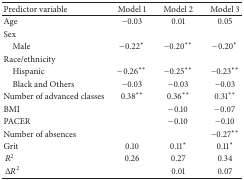
<table><thead><tr><td><b>Predictor variable</b></td><td><b>Model 1</b></td><td><b>Model 2</b></td><td><b>Model 3</b></td></tr></thead><tbody><tr><td>Age</td><td>−0.03</td><td>0.01</td><td>0.05</td></tr><tr><td>Sex</td><td> </td><td> </td><td> </td></tr><tr><td> Male</td><td>−0.22<sup><i>∗</i></sup></td><td>−0.20<sup><i>∗∗</i></sup></td><td>−0.20<sup><i>∗</i></sup></td></tr><tr><td>Race/ethnicity</td><td> </td><td> </td><td> </td></tr><tr><td> Hispanic</td><td>−0.26<sup><i>∗∗</i></sup></td><td>−0.25<sup><i>∗∗</i></sup></td><td>−0.23<sup><i>∗∗</i></sup></td></tr><tr><td> Black and Others</td><td>−0.03</td><td>−0.03</td><td>−0.03</td></tr><tr><td>Number of advanced classes</td><td>0.38<sup><i>∗∗</i></sup></td><td>0.36<sup><i>∗∗</i></sup></td><td>0.31<sup><i>∗∗</i></sup></td></tr><tr><td>BMI</td><td> </td><td>−0.10</td><td>−0.07</td></tr><tr><td>PACER</td><td> </td><td>−0.10</td><td>−0.10</td></tr><tr><td>Number of absences</td><td> </td><td> </td><td>−0.27<sup><i>∗∗</i></sup></td></tr><tr><td>Grit</td><td>0.10</td><td>0.11<sup><i>∗</i></sup></td><td>0.11<sup><i>∗</i></sup></td></tr><tr><td> <i>R</i><sup>2</sup></td><td>0.26</td><td>0.27</td><td>0.34</td></tr><tr><td> Δ<i>R</i><sup>2</sup></td><td> </td><td>0.01</td><td>0.07</td></tr></tbody></table>